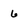
Character: 6